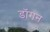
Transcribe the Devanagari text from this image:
डॉगन